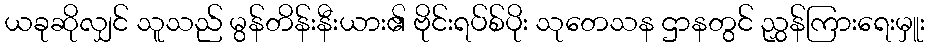
ယခုဆိုလျှင် သူသည် မွန်တိန်းနီးယား၏ ဗိုင်းရပ်စ်ပိုး သုတေသန ဌာနတွင် ညွှန်ကြားရေးမှူး